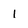
Character: 1